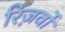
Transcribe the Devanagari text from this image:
रिज़र्वों